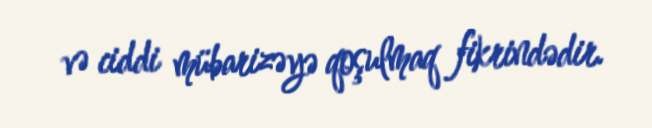
və ciddi mübarizəyə qoşulmaq fikrindədir.